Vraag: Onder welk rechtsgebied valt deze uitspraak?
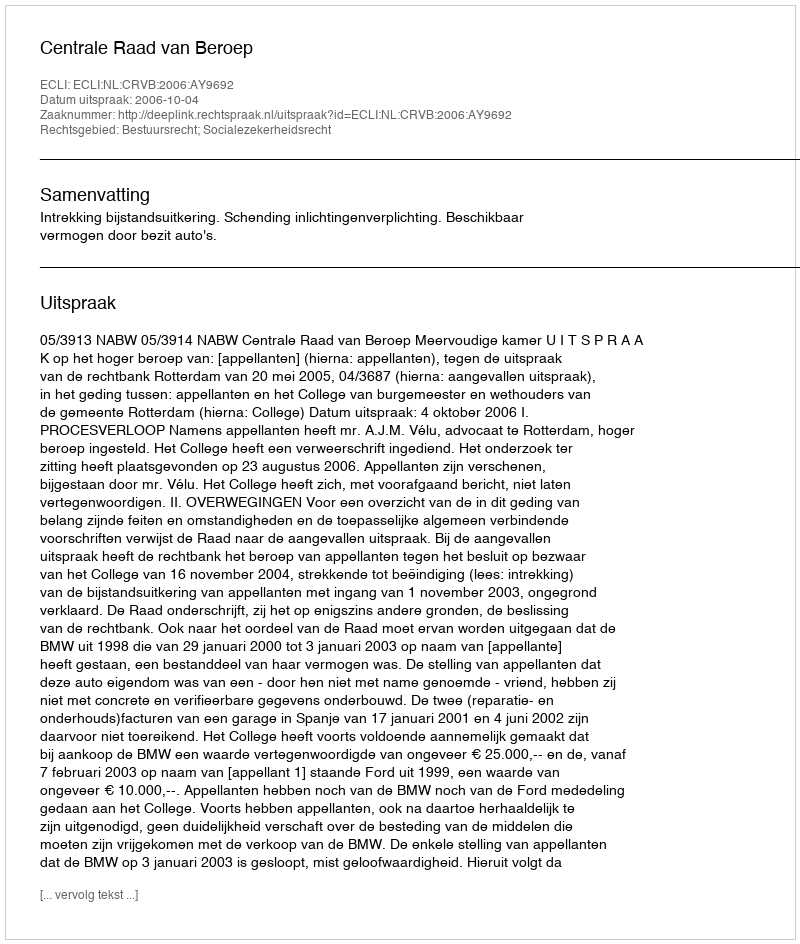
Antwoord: Bestuursrecht; Socialezekerheidsrecht